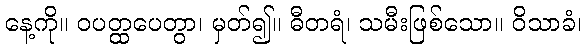
နေ့ကို။ ဝပတ္ထပေတွာ၊ မှတ်၍။ ဓီတရံ၊ သမီးဖြစ်သော။ ဝိသာခံ၊